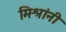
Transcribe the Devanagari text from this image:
मिश्रांनी